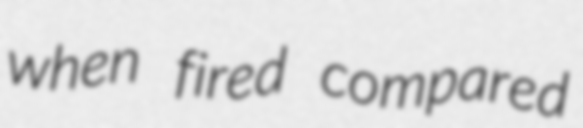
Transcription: when fired compared